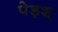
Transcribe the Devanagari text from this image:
पेड़श्